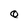
Character: O